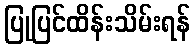
ပြုပြင်ထိန်းသိမ်းရန်